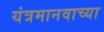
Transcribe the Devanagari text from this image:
यंत्रमानवाच्या